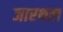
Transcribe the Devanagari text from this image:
जारथल